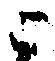
ニ